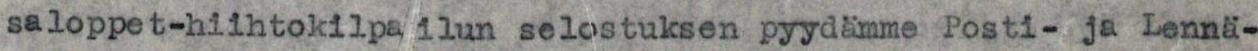
saloppet-hiihtokilpa ilun selostuksen pyydämme Posti- ja Lennä-